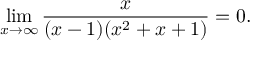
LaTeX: \operatorname* { l i m } _ { x \to \infty } { \frac { x } { ( x - 1 ) ( x ^ { 2 } + x + 1 ) } } = 0 .